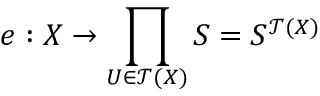
e : X \to \prod _ { U \in { \mathcal { T } } ( X ) } S = S ^ { { \mathcal { T } } ( X ) }